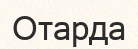
Отарда